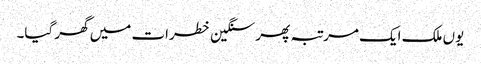
یوں ملک ایک مرتبہ پھر سنگین خطرات میں گھر گیا۔